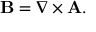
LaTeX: \mathbf { B } = { \boldsymbol { \nabla } } \times \mathbf { A } .